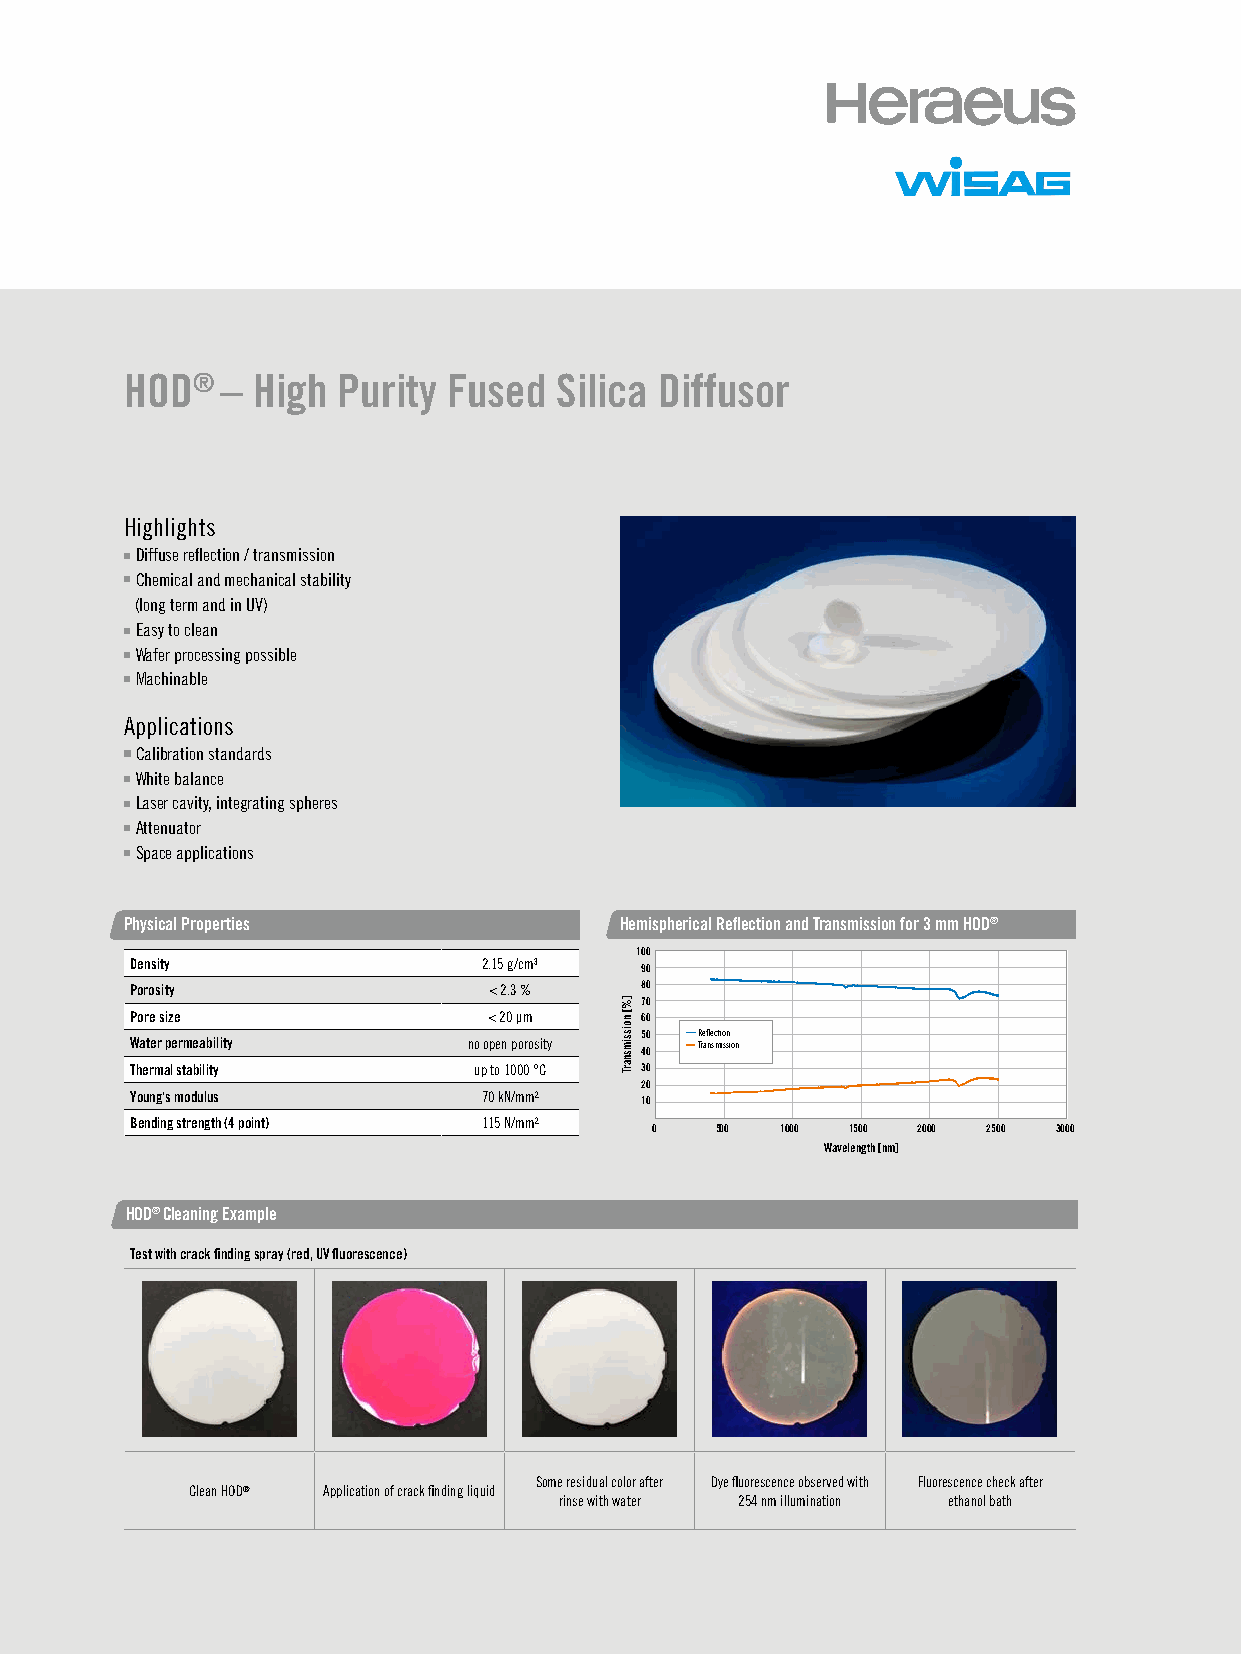
HOD®   – High Purity  Fused  Silica Diffusor
 Highlights
 Diffuse reflection / transmission
 Chemical and mechanical stability
 (long term and in UV)
 Easy to clean
 Wafer processing possible
 Machinable
 Applications
 Calibration standards
 White balance
 Laser cavity, integrating spheres
 Attenuator
 Space applications
 Physical Properties              HemisDpiffhuseer riecflaelc tRioen flanedc trtaionsnm iassniodn Tforra 3n msmm HiOsDs®ion for 3 mm HOD®
 100
 Density                2.15 g/cm³ 90
 Porosity               < 2.3 %   80
 70
 Pore size              < 20 µm   60
 50  Reflection
 Water permeability    no open porosity 40 Transmission
 Thermal stability     up to 1000 °C 30
 20
 Young‘s modulus        70 kN/mm² 10
 Bending strength (4 point) 115 N/mm²
 0   500  1000 1500 2000 2500 3000
 Wavelength [nm]
 HOD® Cleaning Example
 Test with crack finding spray (red, UV fluorescence)
 Some residual color after Dye fluorescence observed with Fluorescence check after
 Clean HOD® Application of crack finding liquid
 rinse with water 254 nm illumination ethanol bath
 ]%[
 noissimsnarT